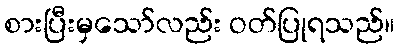
စားပြီးမှသော်လည်း ဝတ်ပြုရသည်။